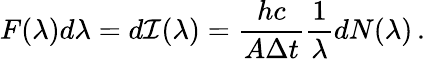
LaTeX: F(\lambda)d\lambda=d{\cal I}(\lambda)=\frac{hc}{A\Delta t}\frac{1}{\lambda}dN(\lambda)\, .